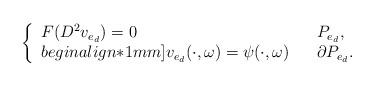
LaTeX: \begin{align*}\left\{\begin{array}{lll}F(D^2v_{e_d}) = 0 & & P_{e_d},\\begin{align*}1mm]v_{e_d}(\cdot,\omega) = \psi(\cdot,\omega) & & \partial P_{e_d}.\end{array}\right.\end{align*}